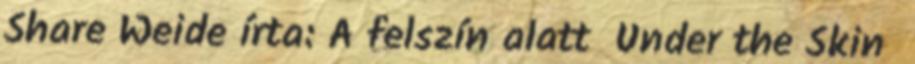
Share Weide írta: A felszín alatt Under the Skin